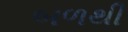
બળથી